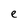
Character: e